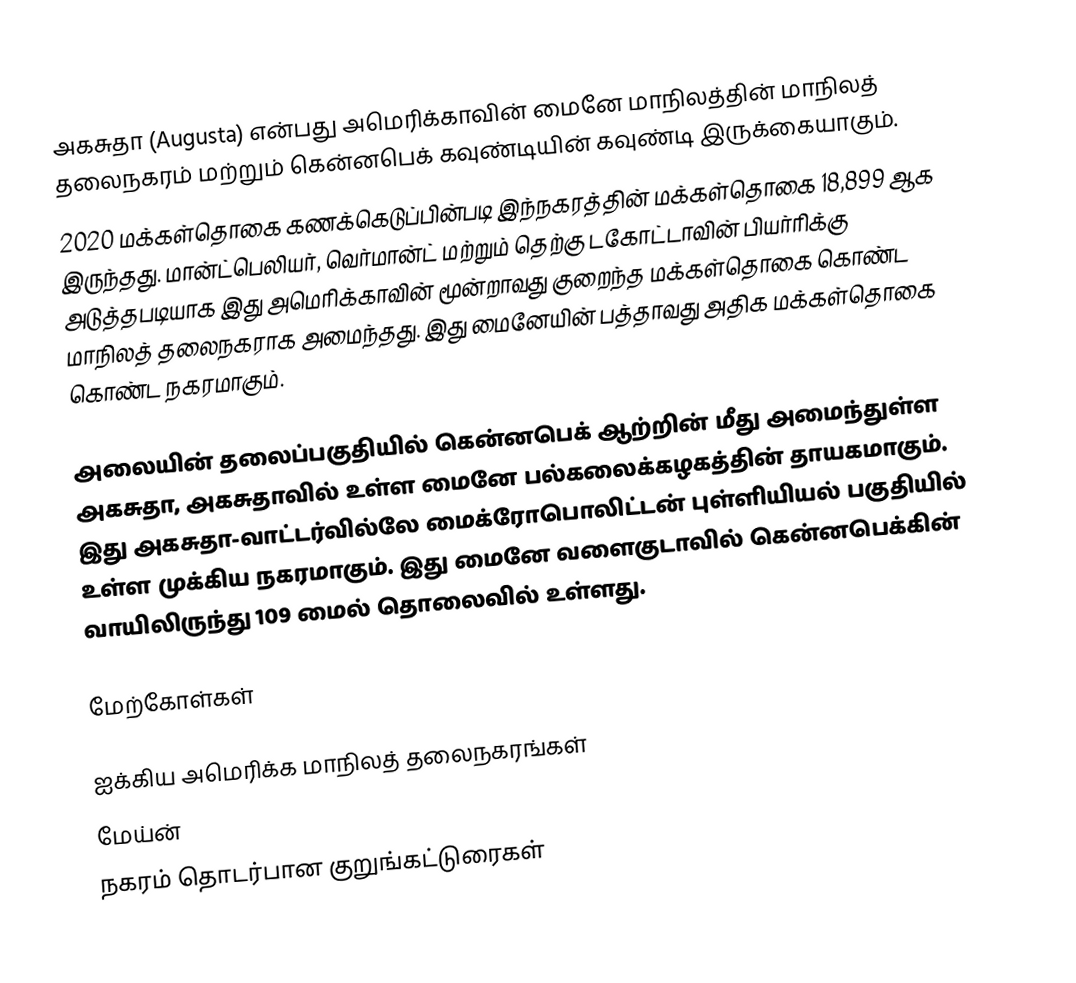
அகசுதா (Augusta) என்பது அமெரிக்காவின் மைனே மாநிலத்தின் மாநிலத் தலைநகரம் மற்றும் கென்னபெக் கவுண்டியின் கவுண்டி இருக்கையாகும்.
2020 மக்கள்தொகை கணக்கெடுப்பின்படி இந்நகரத்தின் மக்கள்தொகை 18,899 ஆக இருந்தது. மான்ட்பெலியர், வெர்மான்ட் மற்றும் தெற்கு டகோட்டாவின் பியர்ரிக்கு அடுத்தபடியாக இது அமெரிக்காவின் மூன்றாவது குறைந்த மக்கள்தொகை கொண்ட மாநிலத் தலைநகராக அமைந்தது. இது மைனேயின் பத்தாவது அதிக மக்கள்தொகை கொண்ட நகரமாகும்.

அலையின் தலைப்பகுதியில் கென்னபெக் ஆற்றின் மீது அமைந்துள்ள அகசுதா, அகசுதாவில் உள்ள மைனே பல்கலைக்கழகத்தின் தாயகமாகும். இது அகசுதா-வாட்டர்வில்லே மைக்ரோபொலிட்டன் புள்ளியியல் பகுதியில் உள்ள முக்கிய நகரமாகும். இது மைனே வளைகுடாவில் கென்னபெக்கின் வாயிலிருந்து 109 மைல் தொலைவில் உள்ளது.

மேற்கோள்கள்

ஐக்கிய அமெரிக்க மாநிலத் தலைநகரங்கள்
மேய்ன்
நகரம் தொடர்பான குறுங்கட்டுரைகள்